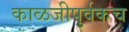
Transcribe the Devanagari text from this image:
काळजीपुर्वकच